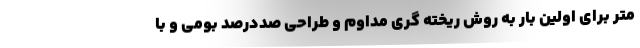
متر برای اولین بار به روش ریخته گری مداوم و طراحی صددرصد بومی و با